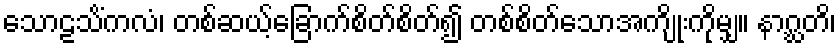
သောဠသိံကလံ၊ တစ်ဆယ့်ခြောက်စိတ်စိတ်၍ တစ်စိတ်သောအကျိုးကိုမျှ။ နာဂ္ဃတိ၊